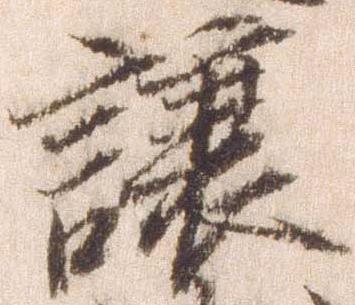
譲